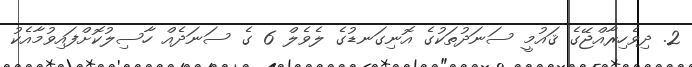
2. ދިވެހިރާއްޖޭގެ ޤައުމީ ސަނަދުތަކުގެ އޮނިގަނޑުގެ ލެވެލް 6 ގެ ސަނަދެއް ހާސިލުކޮށްފައިވުމާއެކު